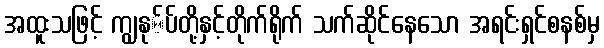
အထူးသဖြင့် ကျွနု်ပ်တို့နှင့်တိုက်ရိုက် သက်ဆိုင်နေသော အရင်းရှင်စနစ်မှ